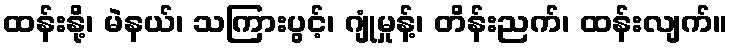
ထန်းနို့၊ မဲနယ်၊ သကြားပွင့်၊ ဂျုံမှုန့်၊ တိန်းညက်၊ ထန်းလျက်။